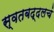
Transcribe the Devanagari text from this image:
स्वतबद्दलचं